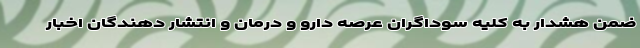
ضمن هشدار به کلیه سوداگران عرصه دارو و درمان و انتشار دهندگان اخبار